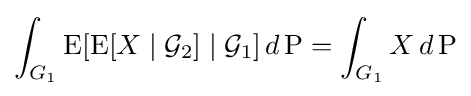
\int _{G_{1}}\operatorname {E} [\operatorname {E} [X\mid {\mathcal {G}}_{2}]\mid {\mathcal {G}}_{1}]\,d\operatorname {P} =\int _{G_{1}}X\,d\operatorname {P}